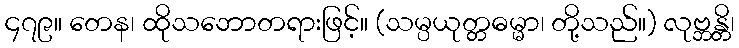
၄၇၉။ တေန၊ ထိုသဘောတရားဖြင့်။ (သမ္ပယုတ္တဓမ္မာ၊ တို့သည်။) လုဗ္ဘန္တိ၊